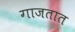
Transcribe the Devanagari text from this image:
गाजतात